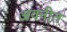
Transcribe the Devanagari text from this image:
अवनीत